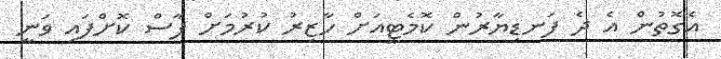
އެގޮތުން އެ ދެ ފަނޑިޔާރުން ކޮމެޓީއަށް ހާޒިރު ކުރުމަށް ފާސް ކޮށްފައި ވަނީ